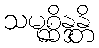
သမုစ္ဆိန္ဒန္တိ